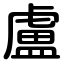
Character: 盧